Medical and sanitary report of the native army of Madras for the year
Year: 1876
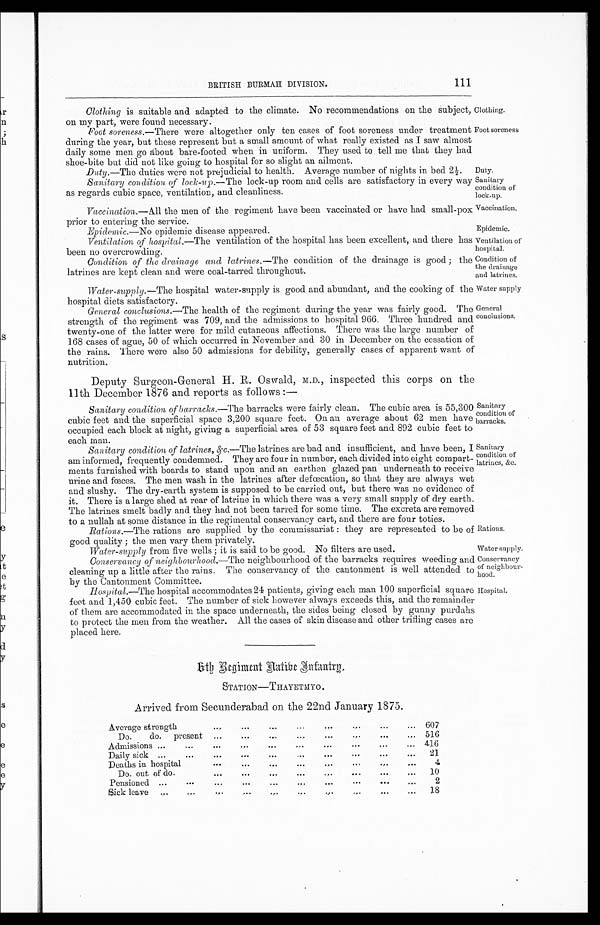
Clothing
Foot soreness
Duty.
Sani tary condi ti on of
lock-up.
Vaccination,
Epidemic.
Ventilation of
hospital.
Condition of
the drainage
and latrines.
Water supply
General
conclusions.
Sanitary
condition of
barracks.
sanitary
condition of
latrines, &c.
Rations.
Water supply.
conservancy
of neighbour
-hood.
Hospital.
BRITISH BURMAH DIVISION.
111
Clothing is suitable and adapted to the climate. No recommendations on the subject,
on my part. were found necessary.
Foot soreness. —There were altogether only ten cases of foot soreness under treatment
during the year, but these represent but a small amount of what really existed as I saw almost
daily some men go about bare-footed when in uniform. They used to tell me that they bad
shoe-bite but did not like going to hospital for so slight an ailment.
Duty. —The duties were not prejudicial to health. Average number of nights in bed 2 1/2.
Sanitary condition, of lock-up .― The lock-up room and cells are satisfactory in every way
as regards cubic space, ventilation, and cleanliness.
Vaccination. —All the men of the regiment have been vaccinated or have had small-pox
prior to entering the service.
Epidemic.—No epidemic disease appeared.
Ventilation of hospital. —The ventilation of the hospital has been excellent, and there has
been no overcrowding.
Condition of the drainage and latrines .—The condition of the drainage is good ; the
latrines are kept clean and were coal-tarred throughout.
Water-supply. —The hospital water-supply is good and abundant, and the cooking of tin
hospital diets satisfactory.
General conclusions. —The health of the regiment during the year was fairly good. The
strength of the regiment was 709, and the admissions to hospital 966. Three hundred and
twenty-one of the latter were for mild cutaneous affections. There was the large number of
168 cases of ague, 50 of which occurred in November and 30 in December on the cessation of
the rains. There were also 50 admissions for debility, generally cases of apparent want of
nutrition.
Deputy Surgeon-General H. R. Oswald, M.D., inspected this corps on the
11th December 1876 and reports as follows :
―
Sanitary condition of barracks. —The barracks were fairly clean. The cubic area is 55,300
cubic feet and the superficial space 3,200 square feet. On an average about 62 men have
occupied each block at night, giving a superficial area of 53 square feet and 892 cubic feet to
each man.
Sanitary condition of latrines, &.c. —The latrines are bad and insufficient, and have been, 1
am informed, frequently condemned. They are four in number, each divided into eight compart-
ments furnished with boards to stand upon and an earthen glazed pan underneath to receive
urine and fœces. The men wash in the latrines after defœcation, so that they are always wet
and slushy. The dry-earth system is supposed to be carried out, but there was no evidence of
it. There is a large shed at rear of latrine in which there was a very small supply of dry earth.
The latrines smelt badly and they had not been tarred for some time. The excreta are removed
to a nullah at some distance in the regimental conservancy cart, and there are four toties.
Rations.—The rations are supplied by the commissariat : they are represented to be of
good quality ; the men vary them privately.
Water-supply from five wells ; it is said to be good. No filters are used.
Conservancy of neighbourhood. —The neighbourhood of the barracks requires weeding and
cleaning up a little after the rains. The conservancy of the cantonment is well attended to
by the Cantonment Committee.
Hospital.—The hospital accommodates 24 patients, giving each man 100 supeficial square
feet and 1,450 cubic feet. The number of sick however always exceeds this, and the remainder
of them are accommodated in the space underneath, the sides being closed by gunny purdahs
to protect the men from the weather. All the cases of skin disease and other trifling cases are
placed here.
6 t h R e g i m e n t H a t i b e I n f a n t r y .
STATION—THAYETMYO.
Arrived from Secunderabad on the 22nd January 1875.
Average strength
. . .
. . . . . .
. . .
. . .
. . . . . .
. . .
60
Do.
do. present . . .
. . .
. . .
. . .
. . .
. . . . . .
. . .
516
Admissions ...
...
. . .
. . .
. . .
. . .
. . .
. . .
. . .
. . .
416
Daily sick ...
...
. . .
. . .
. . .
. . .
. . .
. . .
. . .
. . .
01
Deaths in hospital
. . .
. . .
. . .
. . .
. . .
. . .
. . .
. . .
4
Do. out of do.
. . .
. . .
. . .
. . .
. . .
. . .
. . .
. . .
10
Pensioned ...
...
. . .
. . .
. . .
. . . . . .
. . .
. . .
. . .
2
Sick leave ...
. . .
. . .
. . .
. . . . . .
. . . . . .
. . .
1 8